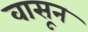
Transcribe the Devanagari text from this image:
वासून